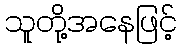
သူတို့အနေဖြင့်